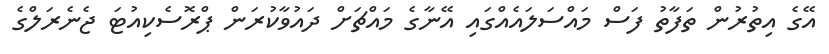
އޭގެ އިތުރުން ތަފާތު ފަސް މައްސަލައެއްގައި އޭނާގެ މައްޗަށް ދައުވާކުރަން ޕްރޮސެކިއުޓަ ޖެނެރަލްގެ